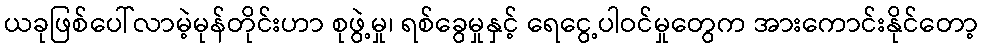
ယခုဖြစ်ပေါ်လာမဲ့မုန်တိုင်းဟာ စုဖွဲ့မှု၊ ရစ်ခွေမှုနှင့် ရေငွေ့ပါဝင်မှုတွေက အားကောင်းနိုင်တော့